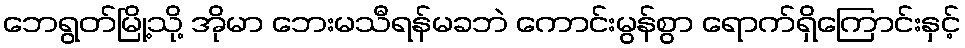
ဘေရွတ်မြို့သို့ အိုမာ ဘေးမသီရန်မခဘဲ ကောင်းမွန်စွာ ရောက်ရှိကြောင်းနှင့်